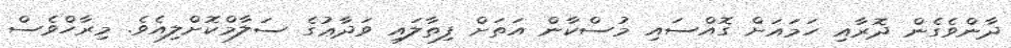
ދާންވެގެން ދޮރާއި ހަމައަށް ގޮއްސައި މުސްކާން އަތަށް ފިތާލައި ވަދާޢުގެ ސަލާމްކޮށްލިއެވެ. މިރާހްވެސް